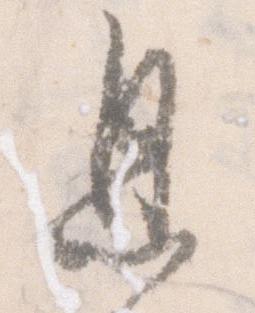
息